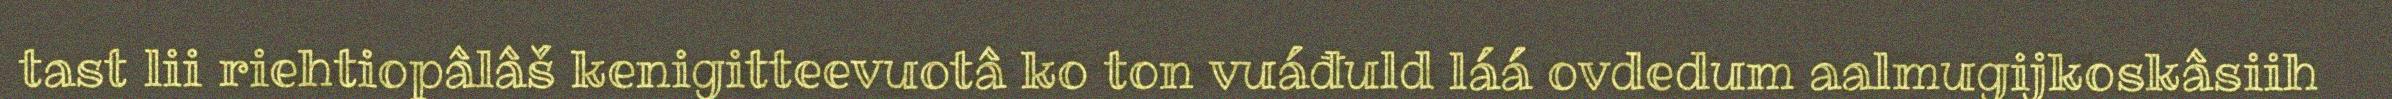
tast lii riehtiopâlâš kenigitteevuotâ ko ton vuáđuld láá ovdedum aalmugijkoskâsiih